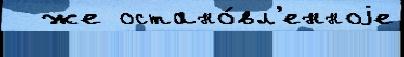
  же остано́вл'енноjе